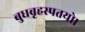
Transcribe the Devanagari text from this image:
बुधबृहस्पतयो।